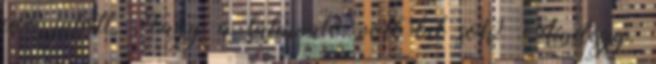
idő jutott. Vagy a látnivaló volt túl sok? Mindegy.